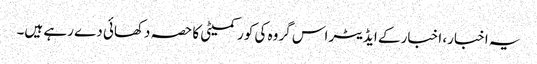
یہ اخبار، اخبار کے ایڈیٹر اس گروہ کی کور کمیٹی کا حصہ دکھائی دے رہے ہیں۔